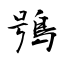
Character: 鴞